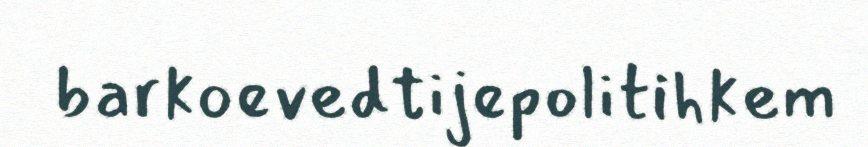
barkoevedtijepolitihkem